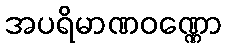
အပရိမာဏဝဏ္ဏော